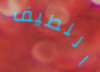
اللطيف